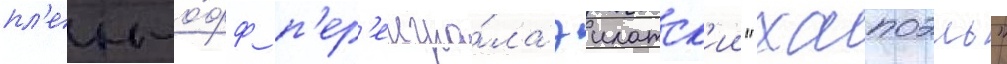
пл'еи-о́фф п'ер'еигра́ла эилатск'ии "хапоэль"